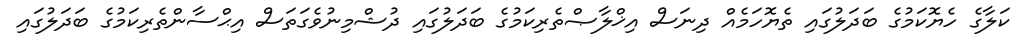
ކަލާގެ ހެޔޮކަމުގެ ބަދަލުގައި ތެޔޮހަމެއް ދިނަސް އިޚްލާޞްތެރިކަމުގެ ބަދަލުގައި ދުޝްމިނުވެގަތަސް އިޙްސާންތެރިކަމުގެ ބަދަލުގައި